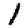
Digit: 1